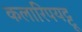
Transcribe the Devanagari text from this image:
कलारिपयट्टू